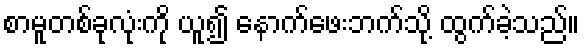
စာမူတစ်ခုလုံးကို ယူ၍ နောက်ဖေးဘက်သို့ ထွက်ခဲ့သည်။